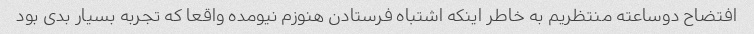
افتضاح دوساعته منتظریم به خاطر اینکه اشتباه فرستادن هنوزم نیومده واقعا که تجربه بسیار بدی بود